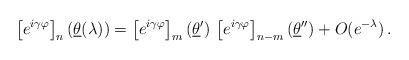
LaTeX: \begin{align*}\left[ e^{i\gamma \varphi }\right] _{n}(\underline{\theta }(\lambda))=\left[ e^{i\gamma \varphi }\right] _{m}(\underline{\theta }^{\prime})\,\left[ e^{i\gamma \varphi }\right] _{n-m}(\underline{\theta }^{\prime\prime })+O(e^{-\lambda })\,.\end{align*}